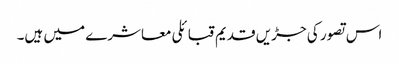
اس تصور کی جڑیں قدیم قبائلی معاشرے میں ہیں۔